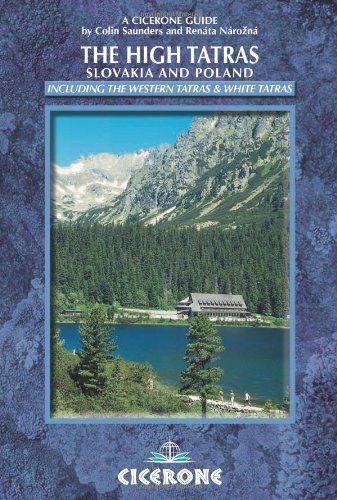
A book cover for The High Tatras: Walks, Treks and Scrambles (Cicerone Guides); Colin Saunders; Travel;